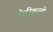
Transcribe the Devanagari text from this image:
रेटीकुलो